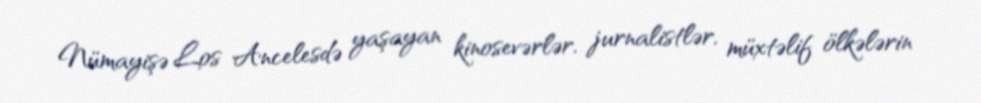
Nümayişə Los Ancelesdə yaşayan kinosevərlər, jurnalistlər, müxtəlif ölkələrin